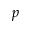
p